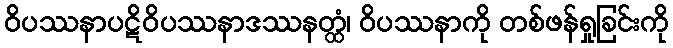
ဝိပဿနာပဋိဝိပဿနာဒဿနတ္ထံ၊ ဝိပဿနာကို တစ်ဖန်ရှုခြင်းကို